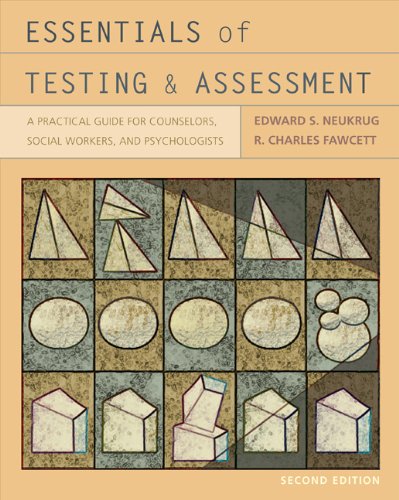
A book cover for Essentials of Testing and Assessment: A Practical Guide for Counselors, Social Workers, and Psychologists (PSY 660 Clinical Assessment and Decision Making); Edward S. Neukrug; Medical Books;